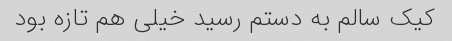
کیک سالم به دستم رسید خیلی هم تازه بود